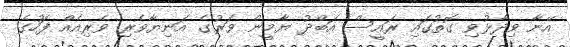
އޭނާ ވިދާޅުވި ގޮތުގައި ރައީސް އަބްދު ޔާމީން ވަރުގެ އަނިޔާވެރި ވެރިއެއް ފަހުގެ